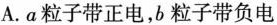
A.a粒子带正电，b粒子带负电